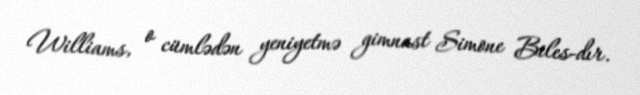
Williams, o cümlədən yeniyetmə gimnast Simone Biles-dır.